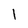
Character: 1